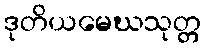
ဒုတိယမေဃသုတ္တ